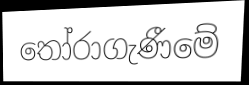
තෝරාගැණීමේ